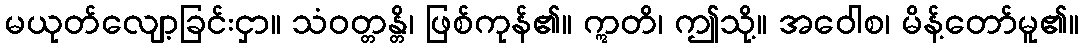
မယုတ်လျော့ခြင်းငှာ။ သံဝတ္တန္တိ၊ ဖြစ်ကုန်၏။ ဣတိ၊ ဤသို့။ အဝေါစ၊ မိန့်တော်မူ၏။